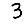
Digit: 3